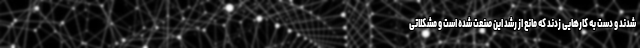
شدند و دست به کارهایی زدند که مانع از رشد این صنعت شده است و مشکلاتی